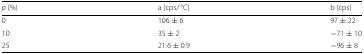
<table><thead><tr><td><b><i>p</i> (%)</b></td><td><b>a (cps/ °C)</b></td><td><b>b (cps)</b></td></tr></thead><tbody><tr><td>0</td><td>106 ± 6</td><td>97 ± 22</td></tr><tr><td>10</td><td>35 ± 2</td><td>−71 ± 10</td></tr><tr><td>25</td><td>21.6 ± 0.9</td><td>−96 ± 8</td></tr></tbody></table>